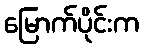
မြောက်ပိုင်းက